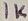
Text: 1K